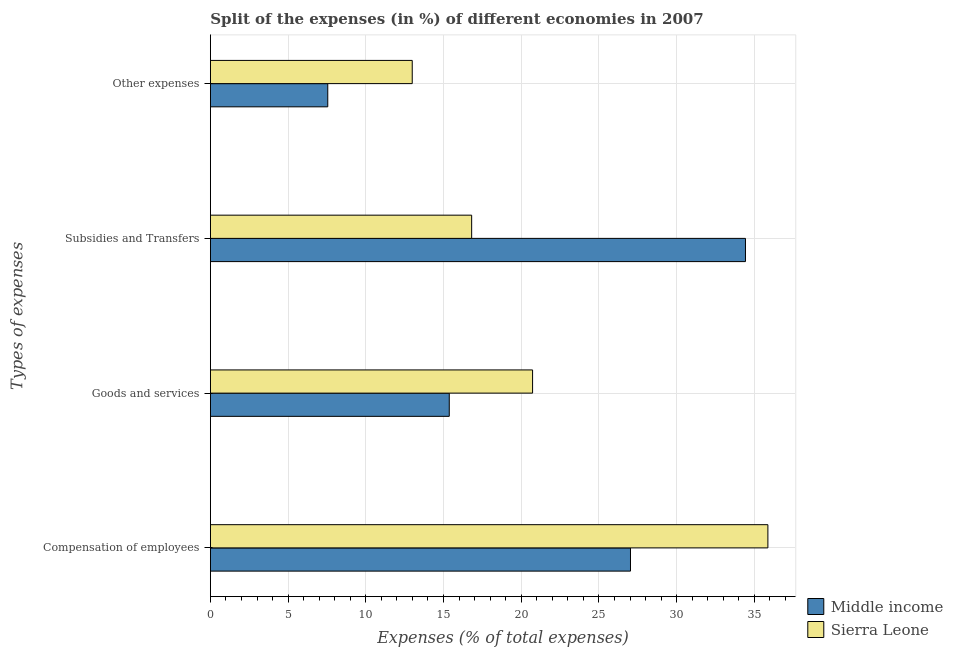
| Types of expenses | Middle income | Sierra Leone |
 | --- | --- | --- |
 | Compensation of employees | 27 | 35.9 |
 | Goods and services | 15.4 | 20.7 |
 | Subsidies and Transfers | 34.4 | 16.8 |
 | Other expenses | 7.55 | 13 |